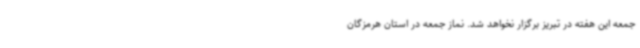
جمعه این هفته در تبریز برگزار نخواهد شد. نماز جمعه در استان هرمزگان